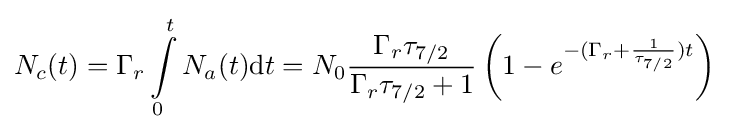
N_{c}(t)=\Gamma _{r}\int \limits _{0}^{t}N_{a}(t)\mathrm {d} t=N_{0}{\frac {\Gamma _{r}\tau _{7/2}}{\Gamma _{r}\tau _{7/2}+1}}\left(1-e^{-(\Gamma _{r}+{\frac {1}{\tau _{7/2}}})t}\right)